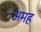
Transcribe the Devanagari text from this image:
अमह